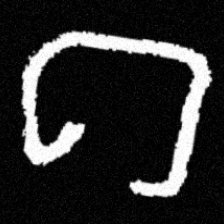
Pyu character \u2014 Myanmar letter: ဂ (romanized: ga)